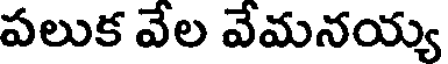
పలుక వేల వేమనయ్య